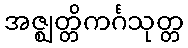
အဇ္ဈတ္တိကင်္ဂသုတ္တ